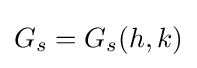
G_{s}=G_{s}(h,k)